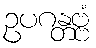
ဥပဂန္တဗ္ဗံ